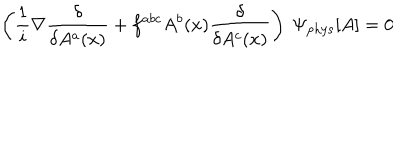
\left( \frac { 1 } { i } \nabla \frac { \delta } { \delta A ^ { a } ( x ) } + f ^ { a b c } A ^ { b } ( x ) \frac { \delta } { \delta A ^ { c } ( x ) } \right) ~ \Psi _ { \mathrm { p h y s } } [ A ] = 0